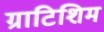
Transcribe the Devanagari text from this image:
ग्राटिशिम